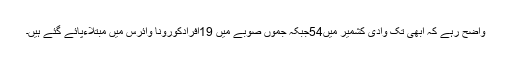
واضح رہے کہ ابھی تک وادی کشمیر میں54جبکہ جموں صوبے میں 19افرادکورونا وائرس میں مبتلاءپائے گئے ہیں۔